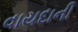
વાયદાની